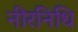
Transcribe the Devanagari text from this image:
नीरनिधि